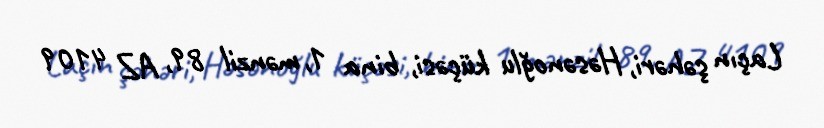
Laçın şəhəri, Həsənoğlu küçəsi, bina 1, mənzil 89, AZ 4109